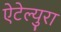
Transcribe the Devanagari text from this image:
ऐटेल्युरा